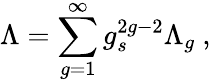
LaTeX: \Lambda=\sum_{g=1}^{\infty}g_{s}^{2g-2}\Lambda_{g}~,